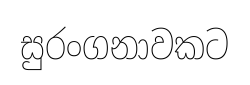
සුරංගනාවකට